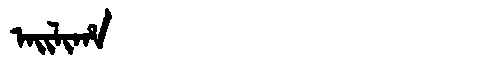
Manchu: ᠠᡳᠯᡳᡥᠠ
Romanization: AILIHA